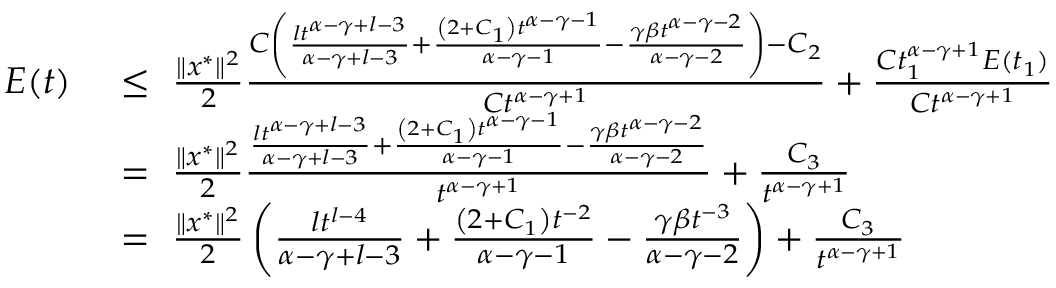
\begin{array} { r l } { E ( t ) \ } & { \leq \ \frac { \| x ^ { * } \| ^ { 2 } } { 2 } \frac { C \left( \frac { l t ^ { \alpha - \gamma + l - 3 } } { \alpha - \gamma + l - 3 } + \frac { \left( 2 + C _ { 1 } \right) t ^ { \alpha - \gamma - 1 } } { \alpha - \gamma - 1 } - \frac { \gamma \beta t ^ { \alpha - \gamma - 2 } } { \alpha - \gamma - 2 } \right) - C _ { 2 } } { C t ^ { \alpha - \gamma + 1 } } + \frac { C t _ { 1 } ^ { \alpha - \gamma + 1 } E ( t _ { 1 } ) } { C t ^ { \alpha - \gamma + 1 } } } \\ & { = \ \frac { \| x ^ { * } \| ^ { 2 } } { 2 } \frac { \frac { l t ^ { \alpha - \gamma + l - 3 } } { \alpha - \gamma + l - 3 } + \frac { \left( 2 + C _ { 1 } \right) t ^ { \alpha - \gamma - 1 } } { \alpha - \gamma - 1 } - \frac { \gamma \beta t ^ { \alpha - \gamma - 2 } } { \alpha - \gamma - 2 } } { t ^ { \alpha - \gamma + 1 } } + \frac { C _ { 3 } } { t ^ { \alpha - \gamma + 1 } } } \\ & { = \ \frac { \| x ^ { * } \| ^ { 2 } } { 2 } \left( \frac { l t ^ { l - 4 } } { \alpha - \gamma + l - 3 } + \frac { \left( 2 + C _ { 1 } \right) t ^ { - 2 } } { \alpha - \gamma - 1 } - \frac { \gamma \beta t ^ { - 3 } } { \alpha - \gamma - 2 } \right) + \frac { C _ { 3 } } { t ^ { \alpha - \gamma + 1 } } } \end{array}